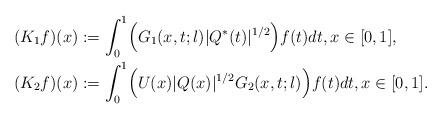
LaTeX: \begin{align*} (K_1 f) (x) &:= \int_0^1 \Bigl(G_{1}(x,t;\l) |Q^*(t)|^{1/2}\Bigr) f(t) dt, x \in [0,1], \\ (K_2 f) (x) &:= \int_0^1 \Bigl(U(x) |Q(x)|^{1/2} G_{2}(x,t;\l)\Bigr) f(t) dt, x \in [0,1].\end{align*}